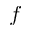
f